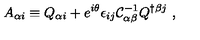
A _ { \alpha i } \equiv Q _ { \alpha i } + e ^ { i \theta } \epsilon _ { i j } { \cal C } _ { \alpha \beta } ^ { - 1 } Q ^ { \dagger \beta j } \ ,